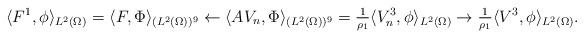
\begin{align*}\langle F^{1}, \phi\rangle_{L^{2}(\Omega)} = \langle F, \Phi\rangle_{(L^{2}(\Omega))^{9}}\leftarrow \langle AV_{n}, \Phi\rangle_{(L^{2}(\Omega))^{9}} =\tfrac{1}{\rho_{1}} \langle V^{3}_{n}, \phi\rangle_{L^{2}(\Omega)}\to \tfrac{1}{\rho_{1}} \langle V^{3}, \phi\rangle_{L^{2}(\Omega)}. \end{align*}